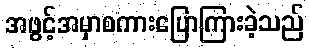
အဖွင့်အမှာစကားပြောကြားခဲ့သည်